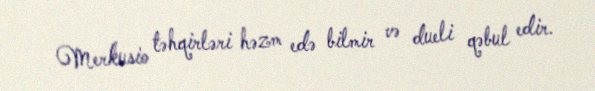
Merkusio təhqirləri həzm edə bilmir və dueli qəbul edir.